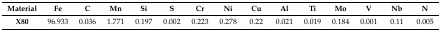
<table><thead><tr><td><b>Material</b></td><td><b>Fe</b></td><td><b>C</b></td><td><b>Mn</b></td><td><b>Si</b></td><td><b>S</b></td><td><b>Cr</b></td><td><b>Ni</b></td><td><b>Cu</b></td><td><b>Al</b></td><td><b>Ti</b></td><td><b>Mo</b></td><td><b>V</b></td><td><b>Nb</b></td><td><b>N</b></td></tr></thead><tbody><tr><td><b>X80</b></td><td>96.933</td><td>0.036</td><td>1.771</td><td>0.197</td><td>0.002</td><td>0.223</td><td>0.278</td><td>0.22</td><td>0.021</td><td>0.019</td><td>0.184</td><td>0.001</td><td>0.11</td><td>0.005</td></tr></tbody></table>